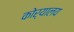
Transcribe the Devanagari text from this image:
कोर्यालय